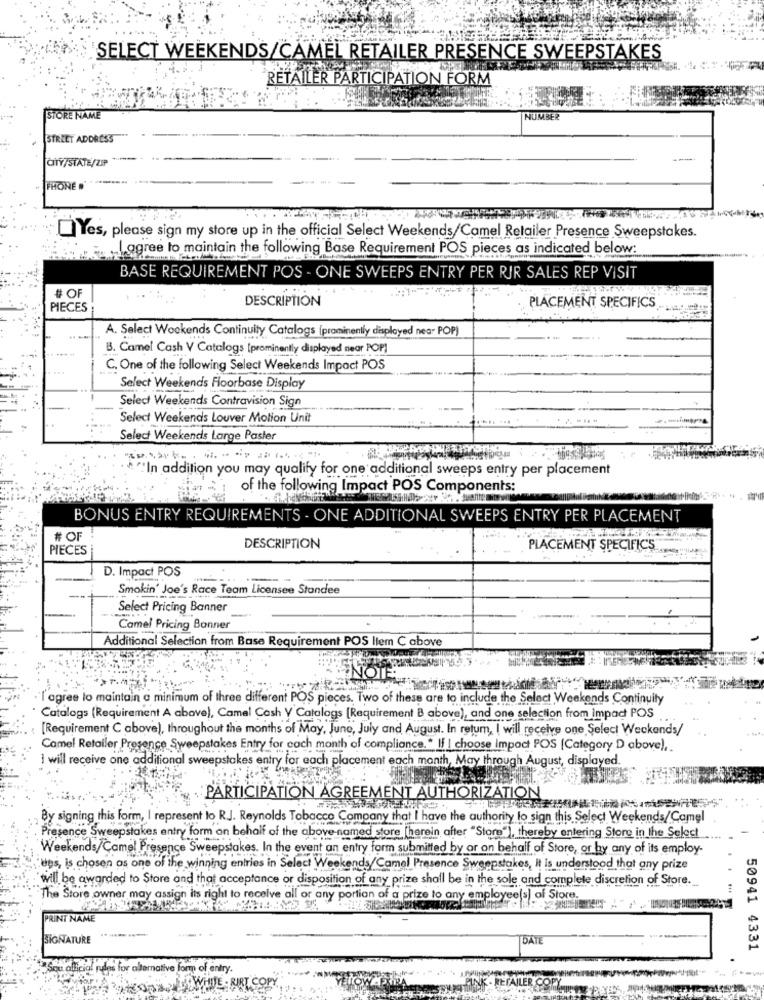
SELECT WEEKENDS/CAMEL RETAILER PRESENCE SWEEPSTAKES
RETAILER PARTICIPATION FORM
STORE NAME
NUMBER
STREET ADDRESS
CITY/STATE/ZIP
FHONE .'
Yes, please sign my store up in the official Select Weekends/Camel Retailer Presence Sweepstakes.
I agree to maintain the following Base Requirement POS pieces as indicated below:
BASE REQUIREMENT POS - ONE SWEEPS ENTRY PER RIR SALES REP VISIT
# OF
DESCRIPTION
PIECES
PLACEMENT SPECIFICS
A. Select Weekends Continuity Catalogs (prominently displayed nea- POP)
B. Camel Cash V Catalogs [prominently displayed near POP]
C. One of the following Select Weekends Impact POS
Select Weekends Floorbase Display
Select Weekends Contravision Sign
Select Weekends Louver Motion Unit
Select Weekends Large Paster
""In addition you may qualify for one additional sweeps entry per placement
. 1
of the following Impact POS Components:
BONUS ENTRY REQUIREMENTS - ONE ADDITIONAL SWEEPS ENTRY PER PLACEMENT
# OF
PIECES
DESCRIPTION
PLACEMENT SPECIFICS
D. Impact POS
Smokin' Joe's Race Team Licensee Standee
Select Pricing Banner
Camel Pricing Banner
Additional Selection from Base Requirement POS ltem C above
I'agree to maintain a minimum of three different POS pieces. Two of these are to include the Select Weekends Continuity
Catalogs (Requirement A above), Camel Cash Y Catalogs [Requirement B above), and one selection from impact POS
[Requirement C above), throughout the months of May, June, July and August. In return, I will receive one Select Weckends/
Camel Retailer Presence Sweepstakes Entry for each month of compliance." If I choose Impact POS [Category D above),
I will receive one additional sweepstakes entry for each placement each month, May through August, displayed.
PARTICIPATION AGREEMENT AUTHORIZATION
By signing this form, I represent to R.J. Reynolds Tobacco Company that I have the authority lo sign this Select Weekends/Camel
Presence Sweepstakes entry form on behalf of the above named store [herein after "Store"), thereby entering Store in the Select
Weekends/Came! Presence Sweepstakes. In the event an entry form submitted by or on behalf of Store, or by any of its employ-
"les, is chosen as one of the winning entries in Select Weekends/Camel Presence Sweepstakes, It is understood that any prize
will. be awarded to Store and that acceptance or disposition of any prize shall be in the sole and complete discretion of Store.
The Store owner may assign its right to receive all or any portion of a prize to any employee(s) of Store.
PRINT
SIGNATURE
DATE
50941 4331
Sex official rules for alternative form of entry
K - RETAILER COPY
LOWWHITE - RIRT CS